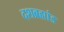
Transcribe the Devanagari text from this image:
दशब्रह्मांड